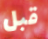
قبل